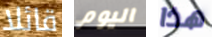
قائلا اليوم هذا